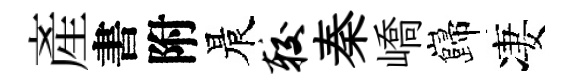
産書附晨较秦嶠巋凄